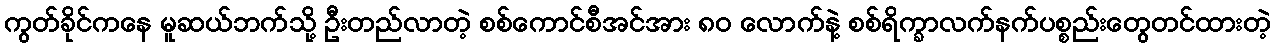
ကွတ်ခိုင်ကနေ မူဆယ်ဘက်သို့ ဦးတည်လာတဲ့ စစ်ကောင်စီအင်အား ၈၀ လောက်နဲ့ စစ်ရိက္ခာလက်နက်ပစ္စည်းတွေတင်ထားတဲ့